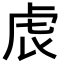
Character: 𧆝